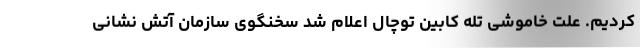
کردیم. علت خاموشی تله کابین توچال اعلام شد سخنگوی سازمان آتش نشانی